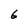
Character: 6